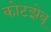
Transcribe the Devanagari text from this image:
कोटझेबू